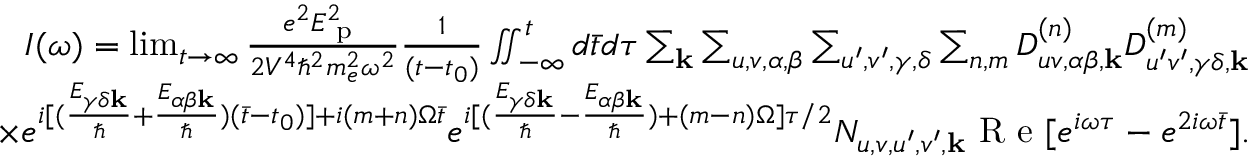
\begin{array} { r } { I ( \omega ) = \operatorname* { l i m } _ { t \rightarrow \infty } \frac { e ^ { 2 } E _ { \textrm { p } } ^ { 2 } } { 2 V ^ { 4 } \hbar ^ { 2 } m _ { e } ^ { 2 } \omega ^ { 2 } } \frac { 1 } { ( t - t _ { 0 } ) } \iint _ { - \infty } ^ { t } d \bar { t } d \tau \sum _ { \mathbf { k } } \sum _ { u , v , \alpha , \beta } \sum _ { u ^ { \prime } , v ^ { \prime } , \gamma , \delta } \sum _ { n , m } D _ { u v , \alpha \beta , \mathbf { k } } ^ { ( n ) } D _ { u ^ { \prime } v ^ { \prime } , \gamma \delta , \mathbf { k } } ^ { ( m ) } } \\ { \times e ^ { i [ ( \frac { E _ { \gamma \delta \mathbf { k } } } { \hbar } + \frac { E _ { \alpha \beta \mathbf { k } } } { \hbar } ) ( \bar { t } - t _ { 0 } ) ] + i ( m + n ) \Omega \bar { t } } e ^ { i [ ( \frac { E _ { \gamma \delta \mathbf { k } } } { \hbar } - \frac { E _ { \alpha \beta \mathbf { k } } } { \hbar } ) + ( m - n ) \Omega ] \tau / 2 } N _ { u , v , u ^ { \prime } , v ^ { \prime } , \mathbf { k } } \textrm { R e } [ e ^ { i \omega \tau } - e ^ { 2 i \omega \bar { t } } ] . } \end{array}